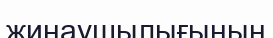
жинаушылығының